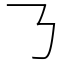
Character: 𠄎